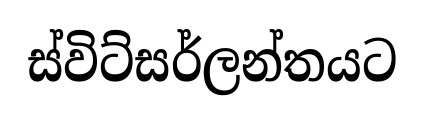
ස්විට්සර්ලන්තයට